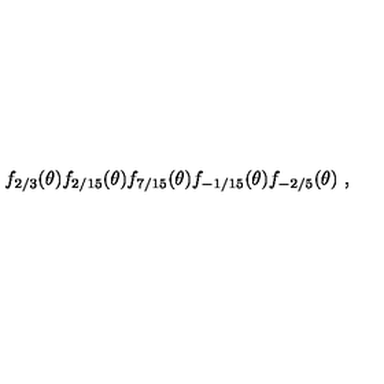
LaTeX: f _ { 2 / 3 } ( \theta ) f _ { 2 / 1 5 } ( \theta ) f _ { 7 / 1 5 } ( \theta ) f _ { - 1 / 1 5 } ( \theta ) f _ { - 2 / 5 } ( \theta ) \ ,